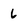
Character: 6